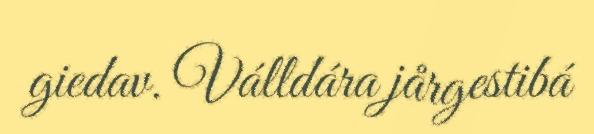
giedav. Válldára jårgestibá